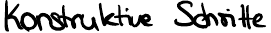
Konstruktive Schritte